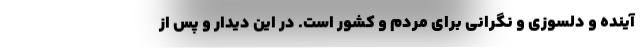
آینده و دلسوزی و نگرانی برای مردم و کشور است. در این دیدار و پس از